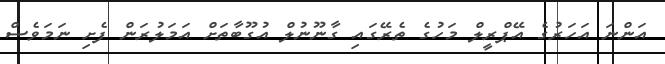
އަންނަ އަހަރުގެ އޭޕްރީލް މަހުގެ ތެރޭގައި ގާނޫނުލް އުގޫބާތަށް އަމަލުރަން ފެށި ނަމަވެސް